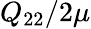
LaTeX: Q_{22}/2\mu